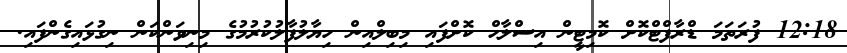
12:18 ފުރަތަމަ ޑްރާފްޓްކޮށް ކޮމިޓީން އިސްލާޙް ކޮށްފައި މިބިލްއިން ހިޔާލުފާލުކުރުމުގެ މިނިވަންކަން ނިގުޅައިގެންފައި.